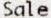
SALE